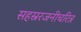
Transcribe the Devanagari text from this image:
सहस्ररजनीचरित्र